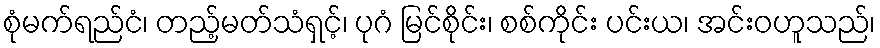
စုံမက်ရည်ငံ၊ တည့်မတ်သံရှင့်၊ ပုဂံ မြင်စိုင်း၊ စစ်ကိုင်း ပင်းယ၊ အင်းဝဟူသည်၊